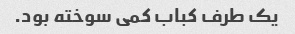
یک طرف کباب کمی سوخته بود.